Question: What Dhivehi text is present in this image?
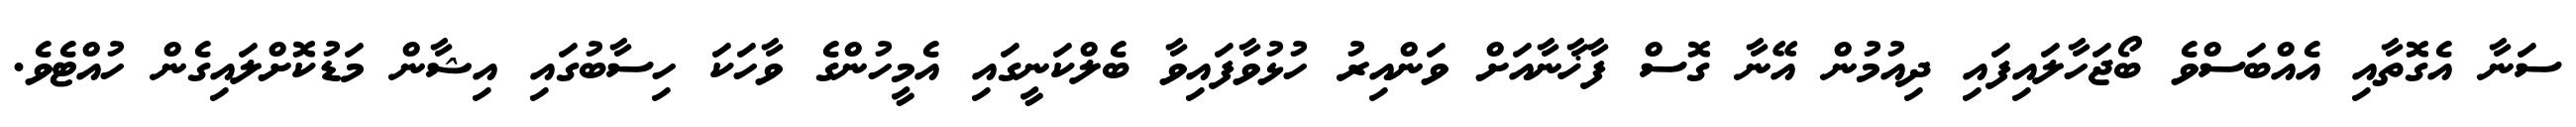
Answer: ސަނާ އެގޮތާއި އެއްބަސްވެ ބޯޖަހާލައިފައި ދިއުމުން އޭނާ ގޮސް ފާޚާނާއަށް ވަންއިރު ހުޅުވާފައިވާ ބެލްކަނީގައި އެމީހުންގެ ވާހަކަ ހިސާބުގައި އިޝާން މަޑުކޮށްލައިގެން ހުއްޓެވެ.